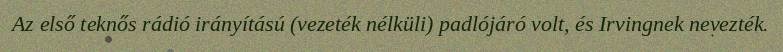
Az első teknős rádió irányítású (vezeték nélküli) padlójáró volt, és Irvingnek nevezték.